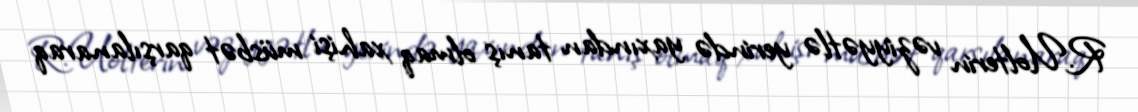
R.Uolterin vəziyyətlə yerində yaxından tanış olmaq xahişi müsbət qarşılanaraq